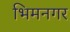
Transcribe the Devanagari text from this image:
भिमनगर